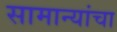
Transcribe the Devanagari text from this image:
सामान्यांचा